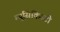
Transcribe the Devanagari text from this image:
म्युसिकिस्टी